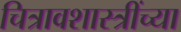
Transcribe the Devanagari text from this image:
चित्रावशास्त्रींच्या